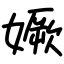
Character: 㜧